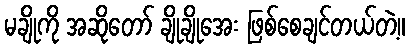
မချိုကို အဆိုတော် ချိုချိုအေး ဖြစ်စေချင်တယ်တဲ့။